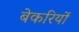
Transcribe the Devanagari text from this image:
बेकरियों